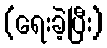
(ရေးခဲ့ပြီး)